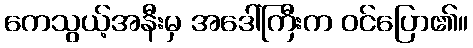
ကေသွယ့်အနီးမှ အဒေါ်ကြီးက ဝင်ပြော၏။